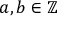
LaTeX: a , b \in \mathbb { Z }